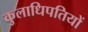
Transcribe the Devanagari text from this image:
कुलाधिपतियों